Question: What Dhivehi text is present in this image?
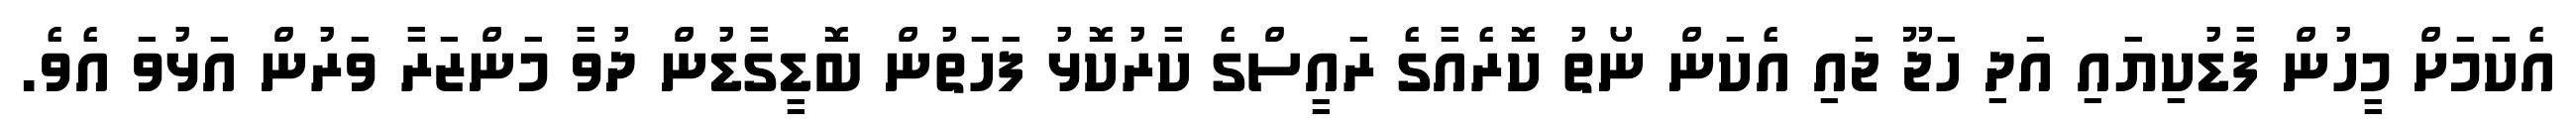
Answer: އެކަމަށް މީހުން ފާޑުކިޔައި އަދި ހަޖޫ ޖައި އެކަން ނޯތު ކޮރެއާގެ ރައީސްގެ ކާރުކޮޅު ފަހަތުން ބޮޑީގާޑުން ދުވާ މަންޒަރާ ވަރުން އަޅުވަ އެވެ.